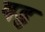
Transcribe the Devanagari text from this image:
षडु